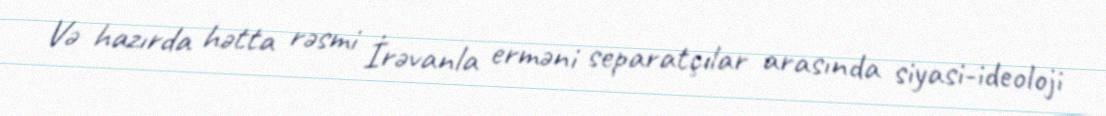
Və hazırda hətta rəsmi İrəvanla erməni separatçılar arasında siyasi-ideoloji